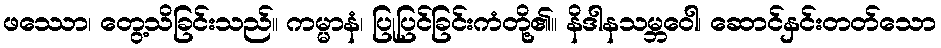
ဖဿော၊ တွေ့သိခြင်းသည်။ ကမ္မာနံ၊ ပြုပြင်ခြင်းကံတို့၏။ နိဒါနသမ္ဘဝေါ၊ ဆောင်နှင်းတတ်သော